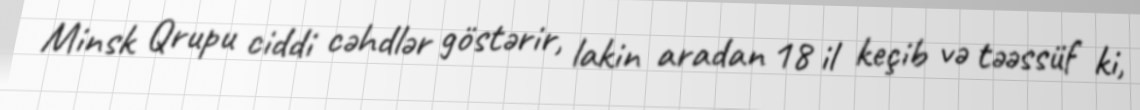
Minsk Qrupu ciddi cəhdlər göstərir, lakin aradan 18 il keçib və təəssüf ki,